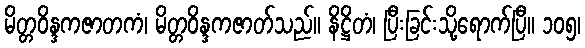
မိတ္တဝိန္ဒကဇာတကံ၊ မိတ္တဝိန္ဒကဇာတ်သည်။ နိဋ္ဌိတံ၊ ပြီးခြင်းသို့ရောက်ပြီ။ ၁၀၅၊